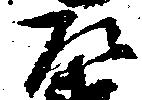
左